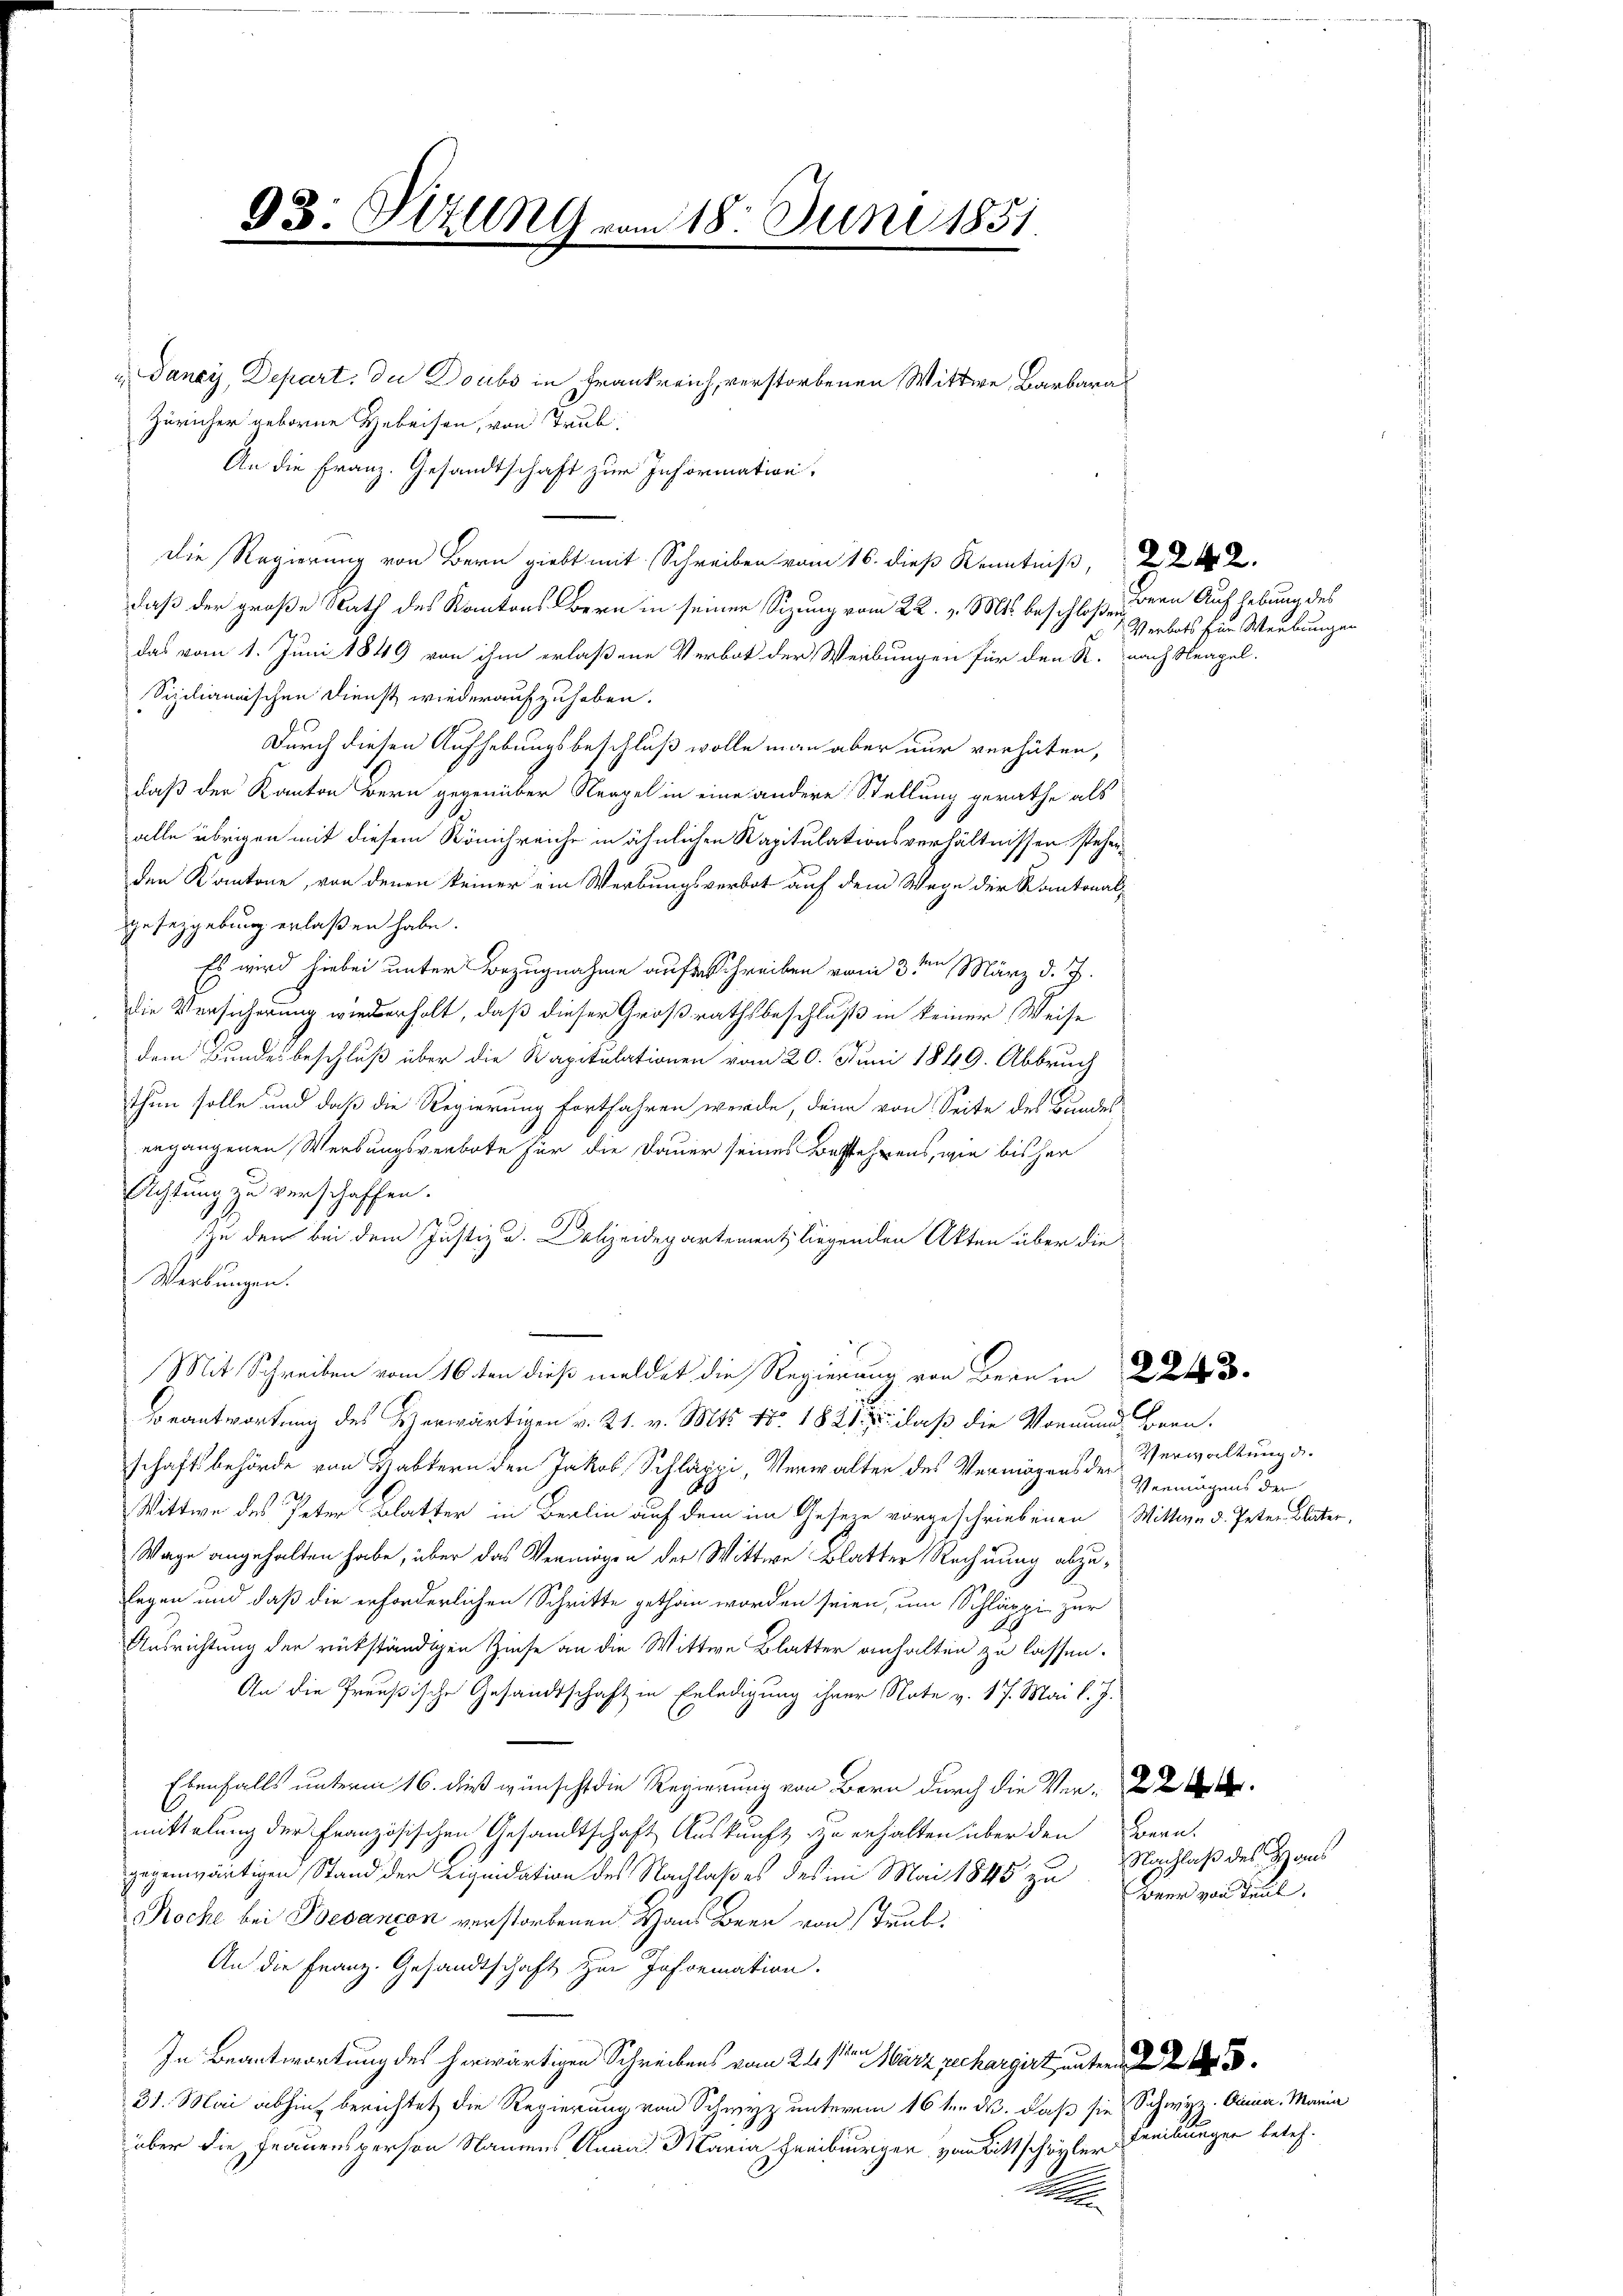
93: Pilln vom 18. Juni 1851
.

u Dancy, Depart. Die Doubs in Frankreich, verstorbenen Wittwe Barbara
Züricher geborne Hebeisen, von Trub.
An die Franz. Gesandtschaft zur Information.
Die Regierung von Bern giebt mit Schreiben vom 16. dieß Kenntniß, 22.
daß der große Rath des Kantons Bern in seiner Sizung vom 22. v. Mts. beschloßendern Aufhebung des
das vom 1. Juni 1849 von ihm erlaßene Verbot der Weibungen für den R. nach Neapel.
Sizilianischen Dienst wiederaufzuheben.
Durch diesen Aufhebungsbeschluß wolle man aber nur verhüten,
daß der Kanton Bern gegenüber Neapel in eine andere Stellung gerathe als
alle übrigen mit diesem Könichreiche in ähnlichen Kapitulationsverhältnissen steherden Kantone, von denen keiner ein Werbungsverbot auf dem Wege der Kantonal-
gesetzgebung erlaßen habe.
Es wird hiebei unter Bezugnahme auf Schreiben vom 3ten März d. J.
die Versicherung wiederholt, daß dieser Großrathsbeschluß in keiner Weise
dem Bundesbeschluß über die Kapitulationen vom 20. Juni 1849. Abbruch
thun solle und daß die Regierung fortfahren werde, denn von Seite des Bundes
ergangenen Werbungsverbote für die Dauer seines Bestehrens, wie bisher
Achtung zu verschaffen.
zu dem bei dem Justiz u. Dolizeidepartement, liegenden Akten über die
Werbungen.
Mit Schreiben vom 16. ten dieß meldet die Regierung von Bern in
Beantwortung des Herwärtigen v. 21. v. Mts. No. 1881, daß die Vormund Boren.
schaft behörde von Haltern den Jakob Schläppi, Verwalten des Vermögens der
Wittwe des Peter Blatter in Berlin auf dem im Gesein vorgeschriebenen Wittwe d. Peten Vater
Wage angehalten habe, über das Vermögen der Wittwe Blatter Rechnung abzulegen und daß die erforderlichen Schritte gethan worden seien, um Schläppi zur
Ausrichtung der rückständigen Zinse an die Wittwe Blatter anhalten zu lassen.
An die Preußische Gesandtschaft in Erledigung ihrer Note v. 17. Mai l. J.
Ebenfalls unterm 16. dieß wünscht die Regierung von Bern durch die Ver-
mittelung der Französischen Gesandtschaft Auskunft zu erhalten über den Bern.
gegenwärtigen Stand der Liquidation des Nachlaß es des im Mai 1845 zu Heer von Paul
Roche bei Besançon verstorbenen Haus Bern von Trub
An die Franz. Gesandtschaft zur Information.
In Beantwortung des herwärtigen Schreibens vom 24sten März rechargirt unterm
31. Mai abhin berichtet die Regierung von Schwyz unterm 16ten d. daß sie Schwyz. Anna. Maria
über die Frauensperson Naumes Anna Maria Freiburgen von Bittschwyler Freibungen beteh¬

Verbots für Werbungen

Verwaltung d.
Vermögens der

Nachlaß des Haus